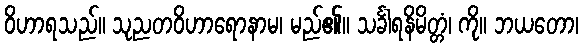
ဝိဟာရသည်။ သုညတဝိဟာရောနာမ၊ မည်၏။ သင်္ခါရနိမိတ္တံ၊ ကို။ ဘယတော၊